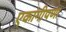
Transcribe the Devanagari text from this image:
एकांगीपणा